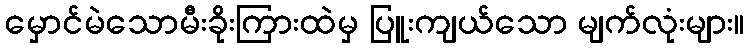
မှောင်မဲသောမီးခိုးကြားထဲမှ ပြူးကျယ်သော မျက်လုံးများ။